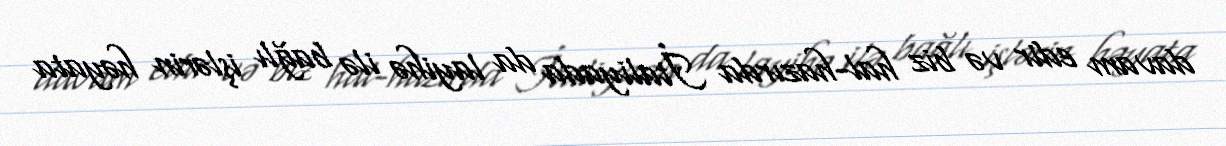
davam edir və biz hal-hazırda İtaliyada da layihə ilə bağlı işlərin həyata